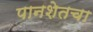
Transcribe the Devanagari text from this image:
पानशेतचा